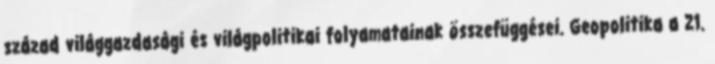
század világgazdasági és világpolitikai folyamatainak összefüggései. Geopolitika a 21.